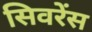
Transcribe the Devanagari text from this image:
सिवरेंस